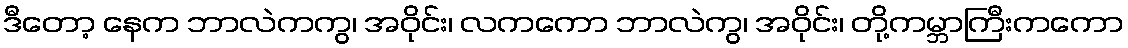
ဒီတော့ နေက ဘာလဲကကွ၊ အဝိုင်း၊ လကကော ဘာလဲကွ၊ အဝိုင်း၊ တို့ကမ္ဘာကြီးကကော